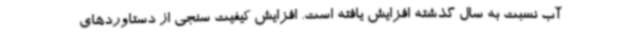
آب نسبت به سال گذشته افزایش یافته است. افزایش کیفیت سنجی از دستاوردهای